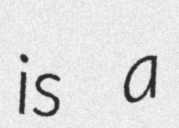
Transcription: is a